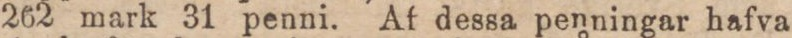
262 mark 31 penni. Af dessa penningar hafva